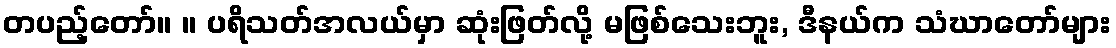
တပည့်တော်။ ။ ပရိသတ်အလယ်မှာ ဆုံးဖြတ်လို့ မဖြစ်သေးဘူး, ဒီနယ်က သံဃာတော်များ